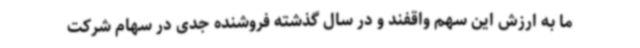
ما به ارزش این سهم واقفند و در سال گذشته فروشنده جدی در سهام شرکت